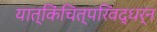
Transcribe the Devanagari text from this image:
यात्किंचित्परिवद्धर्न